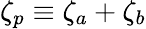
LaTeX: \zeta_{p}\equiv\zeta_{a}+\zeta_{b}